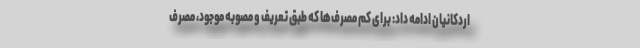
اردکانیان ادامه داد: برای کم مصرف‌ها که طبق تعریف و مصوبه موجود، مصرف